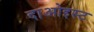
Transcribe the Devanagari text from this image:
दाओइस्ट